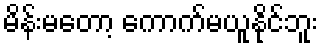
မိန်းမတော့ ကောက်မယူနိုင်ဘူး